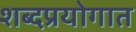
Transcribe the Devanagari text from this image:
शब्दप्रयोगात